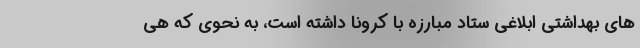
های بهداشتی ابلاغی ستاد مبارزه با کرونا داشته است،‌ به نحوی که هی